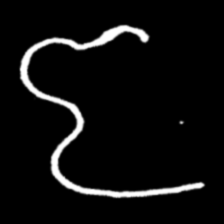
Pyu character \u2014 Myanmar letter: ဇ (romanized: ja)